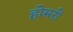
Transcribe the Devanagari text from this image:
होमरी